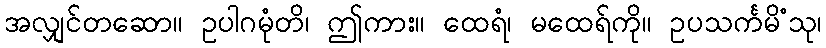
အလျှင်တဆော။ ဥပါဂမုံတိ၊ ဤကား။ ထေရံ၊ မထေရ်ကို။ ဥပသင်္ကမိံသု၊